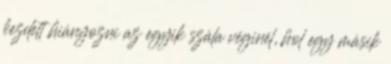
kezdett hiányozni az egyik szála véginél, hol egy másik